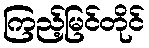
ကြည့်မြင်တိုင်